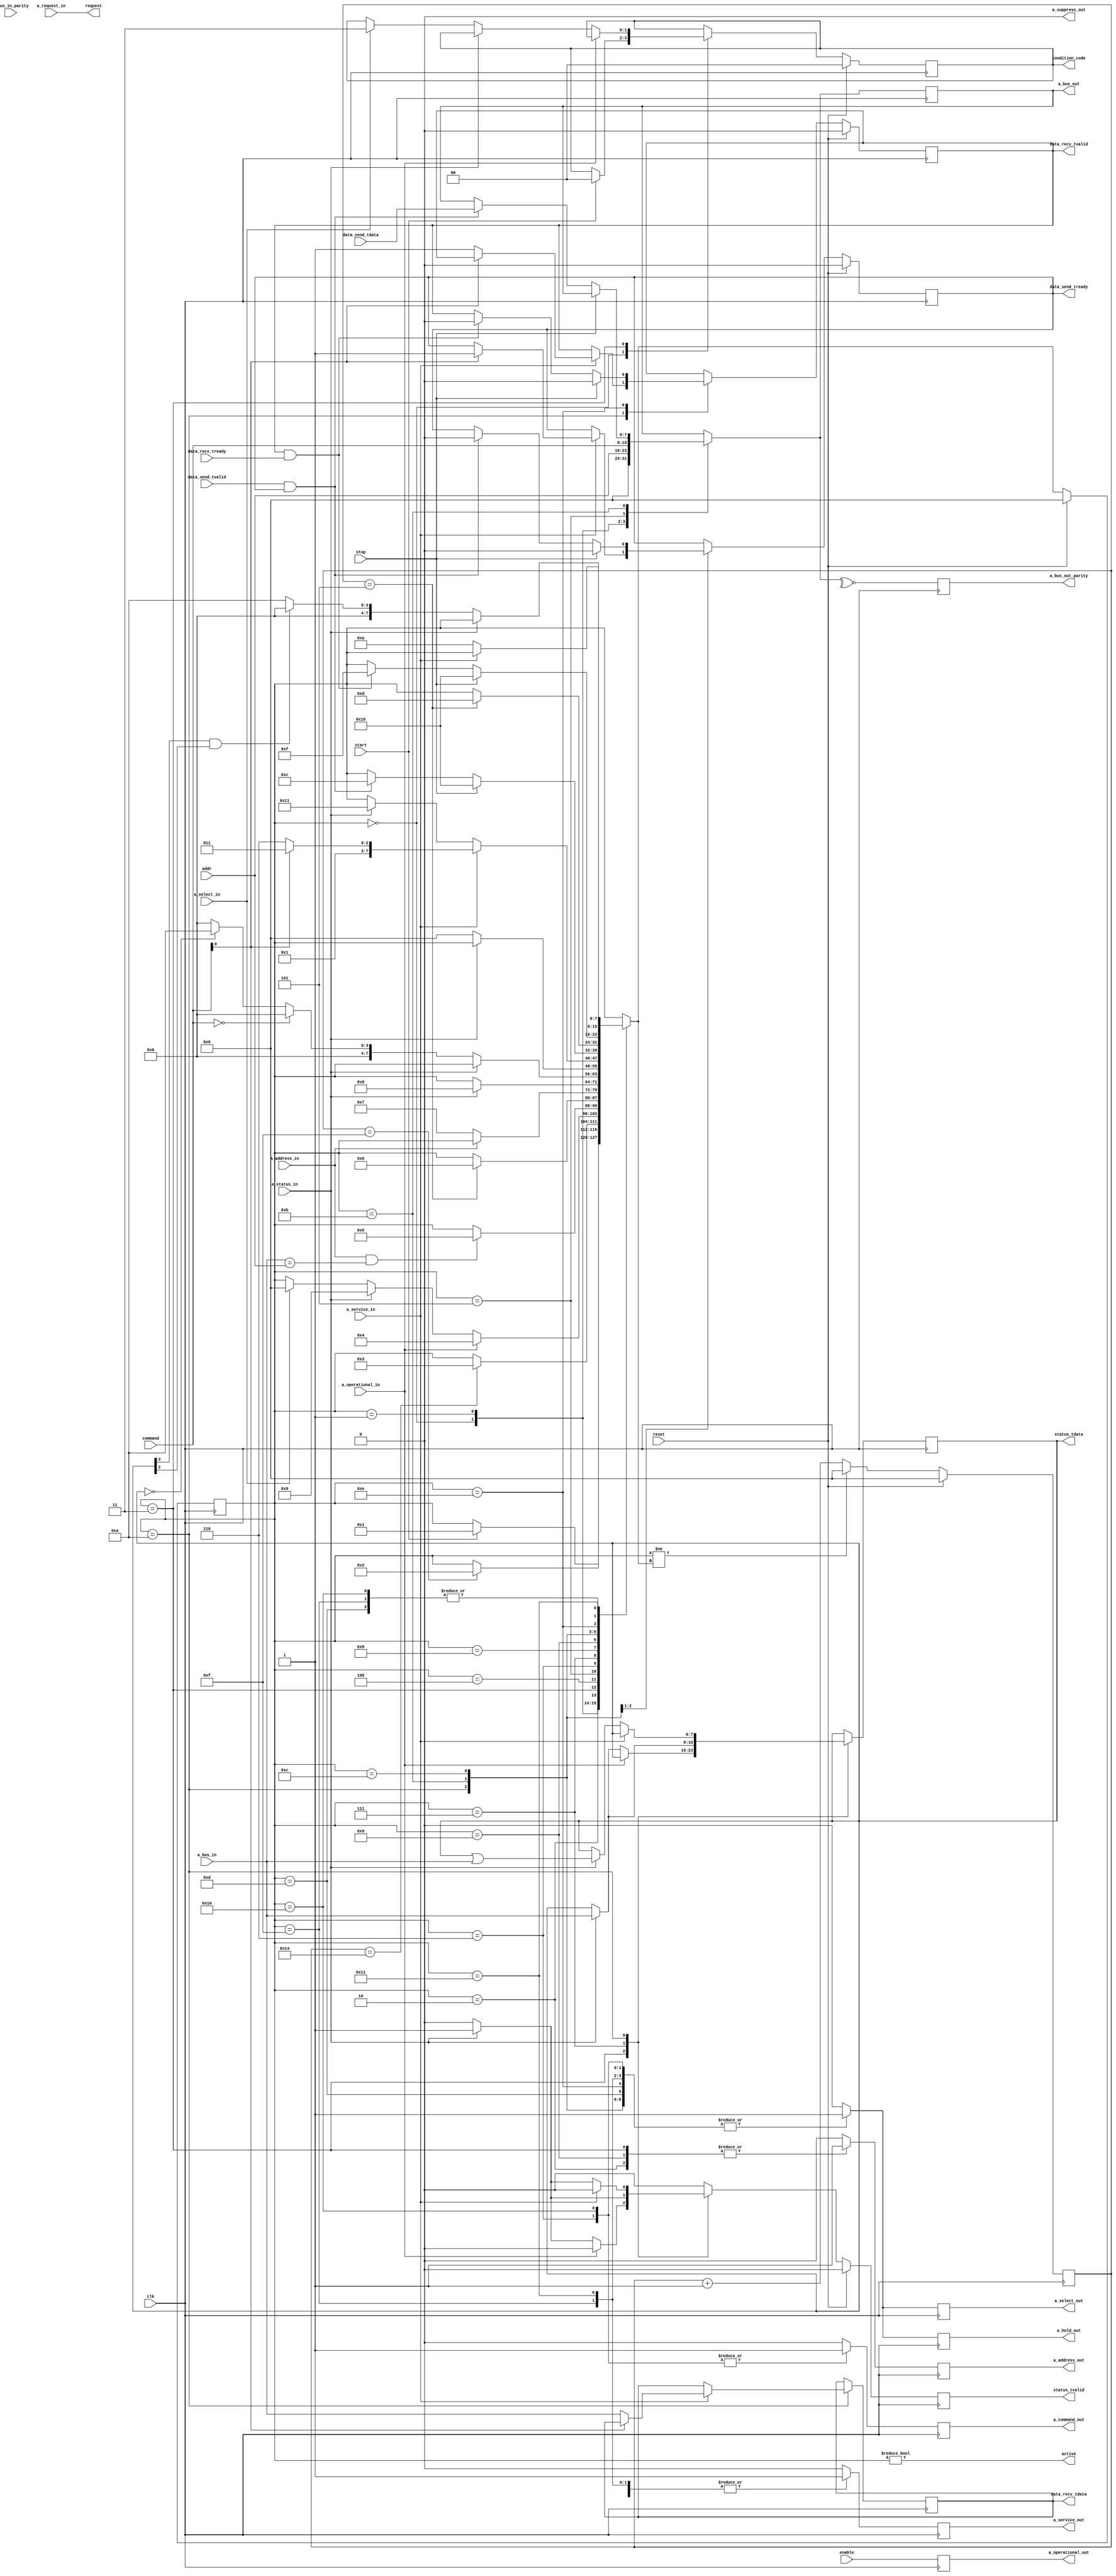
`default_nettype none

module channel (
    input wire clk,
    input wire enable,
    input wire reset,

    // Parallel Channel "A"...
    input wire [7:0] a_bus_in,
    input wire a_bus_in_parity,
    output reg [7:0] a_bus_out,
    output reg a_bus_out_parity,

    output reg a_operational_out,
    input wire a_request_in,
    output reg a_hold_out,
    output reg a_select_out,
    input wire a_select_in,
    output reg a_address_out,
    input wire a_operational_in,
    input wire a_address_in,
    output reg a_command_out,
    input wire a_status_in,
    input wire a_service_in,
    output reg a_service_out,
    output reg a_suppress_out = 1'b0,

    // ...
    input wire [7:0] addr,
    input wire [7:0] command,

    output wire active, // "subchannel active"
    output wire request,

    input wire start,
    input wire stop,

    output reg [1:0] condition_code,

    // AXI-Stream for status...
    output reg [7:0] status_tdata,
    output reg status_tvalid,

    // AXI-Stream for data being sent...
    input wire [7:0] data_send_tdata,
    input wire data_send_tvalid,
    output reg data_send_tready,

    // AXI-Stream for data being received...
    output reg [7:0] data_recv_tdata,
    output reg data_recv_tvalid,
    input wire data_recv_tready
);
    parameter CLOCKS_PER_100_NS = 5; // 50 MHz clock period is 20 ns

    localparam STATE_IDLE = 0;
    localparam STATE_SELECTION_ADDRESS_OUT_1 = 1;
    localparam STATE_SELECTION_ADDRESS_OUT_2 = 2;
    localparam STATE_SELECTION_SELECT_OUT = 3;
    localparam STATE_SELECTION_ADDRESS_IN = 4;
    localparam STATE_SELECTION_COMMAND_OUT_1 = 5;
    localparam STATE_SELECTION_COMMAND_OUT_2 = 6;
    localparam STATE_SELECTION_STATUS_IN = 7;
    localparam STATE_SELECTION_SERVICE_OUT = 8;
    localparam STATE_SELECTION_SHORT_BUSY = 9;

    localparam STATE_SELECTED = 10;

    localparam STATE_DATA_SEND_1 = 11;
    localparam STATE_DATA_SEND_2 = 12;
    localparam STATE_DATA_SEND_3 = 13;
    localparam STATE_DATA_RECV_1 = 14;
    localparam STATE_DATA_RECV_2 = 15;
    localparam STATE_STOP = 16;

    localparam STATE_ENDING = 17;

    reg [7:0] state = STATE_IDLE;
    reg [7:0] next_state;
    reg [7:0] state_timer;

    // verilator lint_off UNUSEDSIGNAL
    wire a_bus_in_parity_valid;
    // verilator lint_on UNUSEDSIGNAL

    assign a_bus_in_parity_valid = (~^a_bus_in == a_bus_in_parity); // Odd parity

    reg [7:0] next_bus_out;
    reg next_address_out;
    reg next_hold_out;
    reg next_select_out;
    reg next_command_out;
    reg next_service_out;

    reg [7:0] next_status_tdata;
    reg next_status_tvalid;
    reg next_data_send_tready;
    reg [7:0] next_data_recv_tdata;
    reg next_data_recv_tvalid;

    reg [1:0] next_condition_code;

    always @(*)
    begin
        next_state = state;

        next_bus_out = a_bus_out;
        next_hold_out = 0;
        next_select_out = 0;
        next_address_out = 0;
        next_command_out = 0;
        next_service_out = 0;

        next_status_tdata = status_tdata;
        next_status_tvalid = 0; // Will always be a 1-clock pulse
        next_data_send_tready = data_send_tready;
        next_data_recv_tdata = data_recv_tdata;
        next_data_recv_tvalid = data_recv_tvalid;

        next_condition_code = condition_code;

        case (state)
            STATE_IDLE:
            begin
                // Leave bus out low when not idle to reduce driver current.
                //
                // TODO: Compute parity when needed then we could leave that
                // low here too.
                next_bus_out = 8'b0;

                if (start)
                begin
                    next_condition_code = 0;

                    // TODO: 'Address out' can rise for device selection only
                    // when 'select out' (or 'hold out'), 'select in', 'status
                    // in', and 'operational in' are down at the channel.
                    next_state = STATE_SELECTION_ADDRESS_OUT_1;
                end
            end

            STATE_SELECTION_ADDRESS_OUT_1:
            begin
                next_bus_out = addr;

                // SPEC: 'Address out' rises at least 250 nanoseconds after
                // the I/O-device address is placed on 'bus out' or at least
                // 250 nanoseconds after the rise of 'operational out',
                // whichever occurs later.
                if (state_timer == 3 * CLOCKS_PER_100_NS)
                begin
                    next_state = STATE_SELECTION_ADDRESS_OUT_2;
                end
            end

            STATE_SELECTION_ADDRESS_OUT_2:
            begin
                next_address_out = 1;

                // SPEC: When an operation is being initiated by the channel,
                // 'select out' is raised not less than 400 nanoseconds after
                // the rise of 'address out', which indicates the address of
                // the device being selected.
                if (state_timer == 4 * CLOCKS_PER_100_NS)
                begin
                    next_state = STATE_SELECTION_SELECT_OUT;
                end
            end

            STATE_SELECTION_SELECT_OUT:
            begin
                next_address_out = 1;
                next_hold_out = 1; // TODO: Can this be done at the same time?
                next_select_out = 1;

                if (a_operational_in)
                begin
                    next_state = STATE_SELECTION_ADDRESS_IN;
                end
                else if (a_status_in)
                begin
                    next_status_tdata = a_bus_in;
                    next_status_tvalid = 1;

                    $display("chan: received status byte 0x%h (short busy)", next_status_tdata);

                    next_state = STATE_SELECTION_SHORT_BUSY;
                end
                else if (a_select_in)
                begin
                    next_condition_code = 3; // Not operational

                    next_state = STATE_IDLE;
                end

                // TODO: timeout
            end

            STATE_SELECTION_ADDRESS_IN:
            begin
                next_hold_out = 1;
                next_select_out = 1;

                // TODO: what happens if bus_in != addres???
                if (a_address_in && a_bus_in == addr)
                begin
                    next_state = STATE_SELECTION_COMMAND_OUT_1;
                end

                // TODO: timeout?
            end

            STATE_SELECTION_COMMAND_OUT_1:
            begin
                // SPEC: 'Hold out' with 'select out' may drop any time after
                // 'address in' rises.
                //
                // TODO: Only if channel controlled burst...
                next_hold_out = 1;
                next_select_out = 1;

                next_bus_out = command;

                // SPEC: The channel delays raising of the signal on the outbound
                // tag lines so that the information on 'bus out' precedes the
                // signal on the outbound tag line by at least 100 nanoseconds.
                if (state_timer == CLOCKS_PER_100_NS)
                begin
                    next_state = STATE_SELECTION_COMMAND_OUT_2;
                end
            end

            STATE_SELECTION_COMMAND_OUT_2:
            begin
                // TODO: Only if channel controlled burst...
                next_hold_out = 1;
                next_select_out = 1;

                next_command_out = 1;

                if (!a_address_in)
                begin
                    next_state = STATE_SELECTION_STATUS_IN;
                end

                // TODO: timeout?
            end

            STATE_SELECTION_STATUS_IN:
            begin
                // TODO: Only if channel controlled burst...
                next_hold_out = 1;
                next_select_out = 1;

                if (a_status_in)
                begin
                    // NOTE: for now we always "accept" status - we'll check in
                    // the next state what the status represents...
                    next_status_tdata = a_bus_in;
                    next_status_tvalid = 1;

                    $display("chan: received status byte 0x%h", next_status_tdata);

                    next_state = STATE_SELECTION_SERVICE_OUT;
                end
            end

            STATE_SELECTION_SERVICE_OUT:
            begin
                // TODO: Only if channel controlled burst...
                next_hold_out = 1;
                next_select_out = 1;

                next_service_out = 1;

                if (!a_status_in)
                begin
                    // NOTE: the status from the CU has been "accepted", but is
                    // the status something that means we can continue?

                    if (command == 8'h00)
                    begin
                        next_state = STATE_IDLE;
                    end
                    else if (status_tdata == 8'h00)
                    begin
                        next_state = STATE_SELECTED;
                    end
                    else
                    begin
                        next_state = STATE_IDLE;
                    end
                end
            end

            STATE_SELECTION_SHORT_BUSY:
            begin
                next_address_out = 1;

                if (!a_status_in)
                begin
                    next_state = STATE_IDLE;
                end
            end

            STATE_SELECTED:
            begin
                // TODO: Only if channel controlled burst...
                next_hold_out = 1;
                next_select_out = 1;

                if (a_service_in)
                begin
                    if (command[0] /* WRITE or CONTROL */) // TODO: not NOP...
                    begin
                        next_data_send_tready = 1'b1;

                        next_state = STATE_DATA_SEND_1;
                    end
                    else
                    begin
                        next_data_recv_tdata = a_bus_in;
                        next_data_recv_tvalid = 1'b1;

                        next_state = STATE_DATA_RECV_1;
                    end
                end
                else if (a_status_in)
                begin
                    // TODO: This is a hack, according to the PoP:
                    //
                    // | The channel subsystem does not modify the status bits received
                    // | from the I/O device. These bits appear in the SCSW as received
                    // | over the channel path.
                    //
                    // Which, I think, is why most assembly programs accumulate the device
                    // status using OC and test the accumulated status for channel and and
                    // device end.
                    //
                    // For now, we'll accumulate the status here until we have request in
                    // and status interrupts implemented.
                    next_status_tdata = status_tdata | a_bus_in;
                    next_status_tvalid = 1;

                    $display("chan: received status byte 0x%h", next_status_tdata);

                    next_state = STATE_ENDING;
                end
            end

            STATE_DATA_SEND_1:
            begin
                // TODO: Only if channel controlled burst...
                next_hold_out = 1;
                next_select_out = 1;

                if (stop)
                begin
                    next_data_send_tready = 1'b0;

                    next_state = STATE_STOP;
                end
                else if (data_send_tvalid && data_send_tready)
                begin
                    next_data_send_tready = 1'b0;

                    next_bus_out = data_send_tdata;

                    $display("chan: sending byte 0x%h", data_send_tdata);

                    next_state = STATE_DATA_SEND_2;
                end
            end

            STATE_DATA_SEND_2:
            begin
                // TODO: Only if channel controlled burst...
                next_hold_out = 1;
                next_select_out = 1;

                // SPEC: The channel delays raising of the signal on the outbound
                // tag lines so that the information on 'bus out' precedes the
                // signal on the outbound tag line by at least 100 nanoseconds.
                if (state_timer == CLOCKS_PER_100_NS)
                begin
                    next_state = STATE_DATA_SEND_3;
                end
            end

            STATE_DATA_SEND_3:
            begin
                // TODO: Only if channel controlled burst...
                next_hold_out = 1;
                next_select_out = 1;

                next_service_out = 1;

                if (!a_service_in)
                begin
                    next_state = STATE_SELECTED;
                end
            end

            STATE_DATA_RECV_1:
            begin
                // TODO: Only if channel controlled burst...
                next_hold_out = 1;
                next_select_out = 1;

                if (stop)
                begin
                    // TODO: this might be illegal per AXI-Stream spec...
                    next_data_recv_tvalid = 1'b0;

                    next_state = STATE_STOP;
                end
                else if (data_recv_tvalid && data_recv_tready)
                begin
                    next_data_recv_tvalid = 1'b0;

                    $display("chan: received byte 0x%h", data_recv_tdata);

                    next_state = STATE_DATA_RECV_2;
                end
            end

            STATE_DATA_RECV_2:
            begin
                // TODO: Only if channel controlled burst...
                next_hold_out = 1;
                next_select_out = 1;

                next_service_out = 1;

                if (!a_service_in)
                begin
                    next_state = STATE_SELECTED;
                end
            end

            STATE_STOP:
            begin
                // TODO: Only if channel controlled burst...
                next_hold_out = 1;
                next_select_out = 1;

                next_command_out = 1;

                if (!a_service_in)
                begin
                    // We are still waiting on an ending sequence...
                    next_state = STATE_SELECTED;
                end
            end

            STATE_ENDING:
            begin
                // TODO: Only if channel controlled burst...
                next_hold_out = 1;
                next_select_out = 1;

                next_service_out = 1;

                if (!a_status_in)
                begin
                    if (status_tdata[3] /* CE */ && status_tdata[2] /* DE */)
                    begin
                        next_state = STATE_IDLE;
                    end
                    else
                    begin
                        // We are still waiting on channel and device end...
                        next_state = STATE_SELECTED;
                    end
                end
            end
        endcase
    end

    always @(posedge clk)
    begin
        state <= next_state;

        state_timer <= state_timer + 1;

        if (state != next_state)
        begin
            state_timer <= 0;
        end

        a_bus_out <= next_bus_out;
        a_bus_out_parity <= ~^next_bus_out; // Odd parity
        a_address_out <= next_address_out;
        a_operational_out <= enable; // TODO
        a_hold_out <= next_hold_out;
        a_select_out <= next_select_out;
        a_command_out <= next_command_out;
        a_service_out <= next_service_out;

        status_tdata <= next_status_tdata;
        status_tvalid <= next_status_tvalid;
        data_send_tready <= next_data_send_tready;
        data_recv_tdata <= next_data_recv_tdata;
        data_recv_tvalid <= next_data_recv_tvalid;

        condition_code <= next_condition_code;

        if (reset)
        begin
            state <= STATE_IDLE;

            state_timer <= 0;

            status_tvalid <= 0;
            data_send_tready <= 0;
            data_recv_tvalid <= 0;

            condition_code <= 0;
        end
    end

    assign active = (state != STATE_IDLE);
    assign request = a_request_in;
endmodule